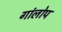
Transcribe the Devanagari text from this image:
गांलोप